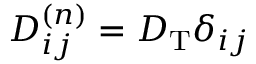
D _ { i j } ^ { ( n ) } = D _ { \mathrm { T } } \delta _ { i j }